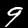
Label: 9